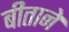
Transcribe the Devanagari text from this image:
बीताने